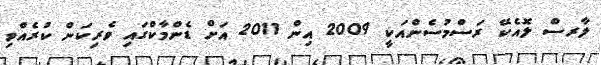
ލާރސް ލޮއެކޭ ރަސްމުސެންއަކީ 2009 އިން 2011 އަށް ޑެންމާކްގައި ވެރިކަން ކުރެއްވި